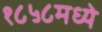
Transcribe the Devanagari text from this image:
१८५८मध्ये